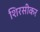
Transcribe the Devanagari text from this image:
शिरसीकर